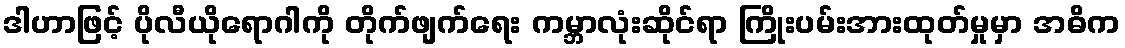
ဒါဟာဖြင့် ပိုလီယိုရောဂါကို တိုက်ဖျက်ရေး ကမ္ဘာလုံးဆိုင်ရာ ကြိုးပမ်းအားထုတ်မှုမှာ အဓိက